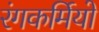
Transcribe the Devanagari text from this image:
रंगकर्मियो